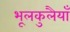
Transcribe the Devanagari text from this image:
भूलकुलैयाँ